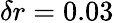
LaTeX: \delta r=0.03